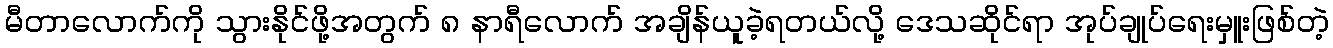
မီတာလောက်ကို သွားနိုင်ဖို့အတွက် ၈ နာရီလောက် အချိန်ယူခဲ့ရတယ်လို့ ဒေသဆိုင်ရာ အုပ်ချုပ်ရေးမှူးဖြစ်တဲ့